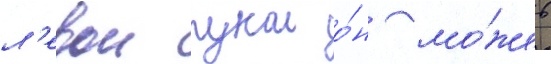
л'евои рукои о́н мо́жет